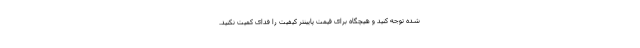
شده توجه کنید و هیچگاه برای قیمت پایینتر کیفیت را فدای کمیت نکنید.